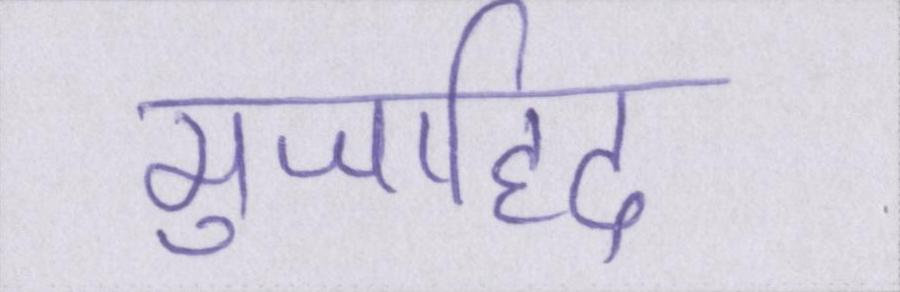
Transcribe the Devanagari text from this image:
मुजाहिद